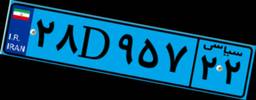
۲۸D۹۵۷۲۲